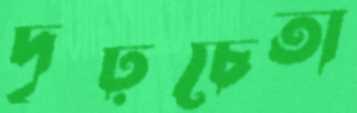
দৃঢ়চেতা